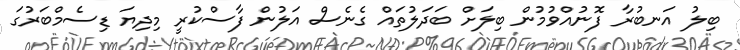
ބިލު އަނބުރާ ފޮނުއްވުމުން ބިލަށް ބަދަލުތައް ގެނެސް އަލުން ފާސްކުރީ މިދިޔަ ޑިސެމްބަރުގަ